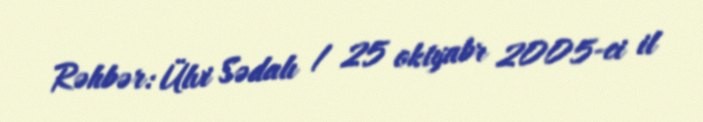
Rəhbər: Ülvi Sədalı / 25 oktyabr 2005-ci il